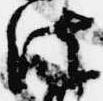
法